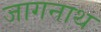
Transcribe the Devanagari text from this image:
जागनाथ